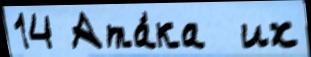
14 Ата́ка  их